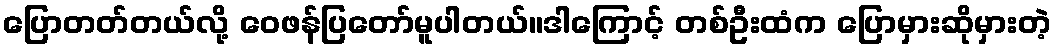
ပြောတတ်တယ်လို့ ဝေဖန်ပြတော်မူပါတယ်။ဒါကြောင့် တစ်ဦးထံက ပြောမှားဆိုမှားတဲ့